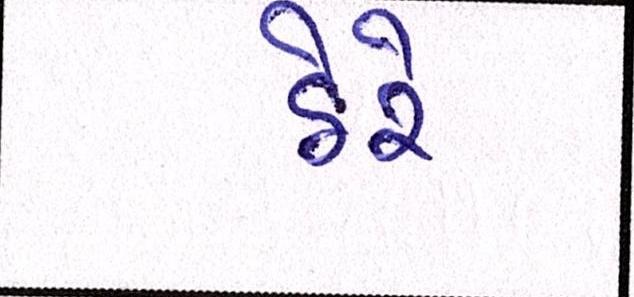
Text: ઠેરે